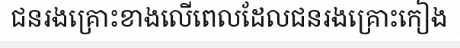
ជនរងគ្រោះខាងលើពេលដែលជនរងគ្រោះកៀង